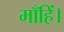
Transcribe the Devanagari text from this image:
माँहिं।